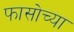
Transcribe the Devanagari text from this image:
फासोच्या